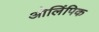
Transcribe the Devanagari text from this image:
ऒलिंपिक